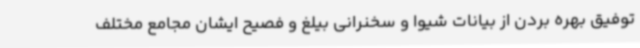
توفیق بهره بردن از بیانات شیوا و سخنرانی بیلغ و فصیح ایشان مجامع مختلف